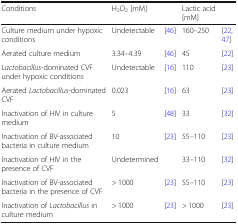
<table><thead><tr><td><b>Conditions</b></td><td><b>H<sub>2</sub>O<sub>2</sub> [mM]</b></td><td></td><td><b>Lactic acid [mM]</b></td><td></td></tr></thead><tbody><tr><td>Culture medium under hypoxic conditions</td><td>Undetectable</td><td>[46]</td><td>160–250</td><td>[22, 47]</td></tr><tr><td>Aerated culture medium</td><td>3.34–4.39</td><td>[46]</td><td>45</td><td>[22]</td></tr><tr><td><i>Lactobacillus</i>-dominated CVF under hypoxic conditions</td><td>Undetectable</td><td>[16]</td><td>110</td><td>[23]</td></tr><tr><td>Aerated <i>Lactobacillus</i>-dominated CVF</td><td>0.023</td><td>[16]</td><td>63</td><td>[23]</td></tr><tr><td>Inactivation of HIV in culture medium</td><td>5</td><td>[48]</td><td>33</td><td>[32]</td></tr><tr><td>Inactivation of BV-associated bacteria in culture medium</td><td>10</td><td>[23]</td><td>55–110</td><td>[23]</td></tr><tr><td>Inactivation of HIV in the presence of CVF</td><td>Undetermined</td><td></td><td>33–110</td><td>[32]</td></tr><tr><td>Inactivation of BV-associated bacteria in the presence of CVF</td><td>&gt; 1000</td><td>[23]</td><td>55–110</td><td>[23]</td></tr><tr><td>Inactivation of <i>Lactobacillus</i> in culture medium</td><td>&gt; 1000</td><td>[23]</td><td>&gt; 1000</td><td>[23]</td></tr></tbody></table>